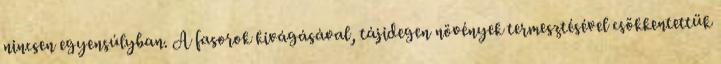
nincsen egyensúlyban. A fasorok kivágásával, tájidegen növények termesztésével csökkentettük